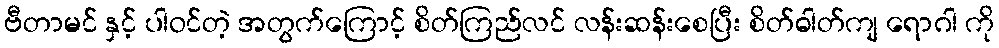
ဗီတာမင် နှင့် ပါဝင်တဲ့ အတွက်ကြောင့် စိတ်ကြည်လင် လန်းဆန်းစေပြီး စိတ်ဓါတ်ကျ ရောဂါ ကို